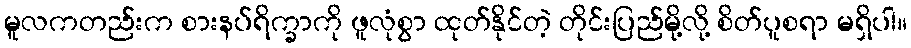
မူလကတည်းက စားနပ်ရိက္ခာကို ဖူလုံစွာ ထုတ်နိုင်တဲ့ တိုင်းပြည်မို့လို့ စိတ်ပူစရာ မရှိပါ။